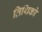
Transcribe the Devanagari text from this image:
तिथिको